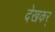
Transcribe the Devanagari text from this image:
देखकर्